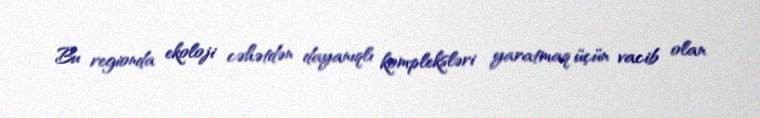
Bu regionda ekoloji cəhətdən dayanıqlı kompleksləri yaratmaq üçün vacib olan